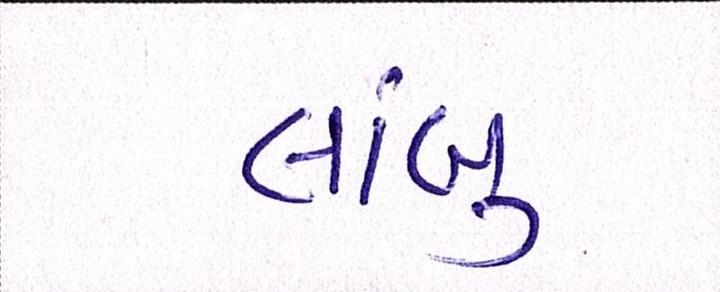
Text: લાંબુ